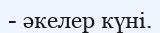
- әкелер күні.